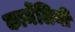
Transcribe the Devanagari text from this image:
कार्मेलिनी